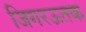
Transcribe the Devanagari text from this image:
जिगरऊतक